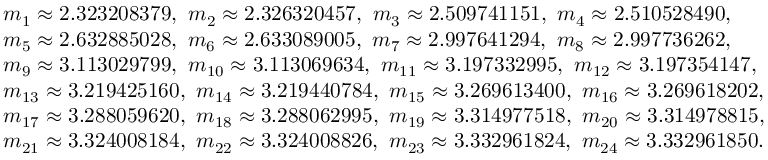
\begin{array} { r l } & { m _ { 1 } \approx 2 . 3 2 3 2 0 8 3 7 9 , ~ m _ { 2 } \approx 2 . 3 2 6 3 2 0 4 5 7 , ~ m _ { 3 } \approx 2 . 5 0 9 7 4 1 1 5 1 , ~ m _ { 4 } \approx 2 . 5 1 0 5 2 8 4 9 0 , ~ } \\ & { m _ { 5 } \approx 2 . 6 3 2 8 8 5 0 2 8 , ~ m _ { 6 } \approx 2 . 6 3 3 0 8 9 0 0 5 , ~ m _ { 7 } \approx 2 . 9 9 7 6 4 1 2 9 4 , ~ m _ { 8 } \approx 2 . 9 9 7 7 3 6 2 6 2 , ~ } \\ & { m _ { 9 } \approx 3 . 1 1 3 0 2 9 7 9 9 , ~ m _ { 1 0 } \approx 3 . 1 1 3 0 6 9 6 3 4 , ~ m _ { 1 1 } \approx 3 . 1 9 7 3 3 2 9 9 5 , ~ m _ { 1 2 } \approx 3 . 1 9 7 3 5 4 1 4 7 , ~ } \\ & { m _ { 1 3 } \approx 3 . 2 1 9 4 2 5 1 6 0 , ~ m _ { 1 4 } \approx 3 . 2 1 9 4 4 0 7 8 4 , ~ m _ { 1 5 } \approx 3 . 2 6 9 6 1 3 4 0 0 , ~ m _ { 1 6 } \approx 3 . 2 6 9 6 1 8 2 0 2 , ~ } \\ & { m _ { 1 7 } \approx 3 . 2 8 8 0 5 9 6 2 0 , ~ m _ { 1 8 } \approx 3 . 2 8 8 0 6 2 9 9 5 , ~ m _ { 1 9 } \approx 3 . 3 1 4 9 7 7 5 1 8 , ~ m _ { 2 0 } \approx 3 . 3 1 4 9 7 8 8 1 5 , ~ } \\ & { m _ { 2 1 } \approx 3 . 3 2 4 0 0 8 1 8 4 , ~ m _ { 2 2 } \approx 3 . 3 2 4 0 0 8 8 2 6 , ~ m _ { 2 3 } \approx 3 . 3 3 2 9 6 1 8 2 4 , ~ m _ { 2 4 } \approx 3 . 3 3 2 9 6 1 8 5 0 . } \end{array}